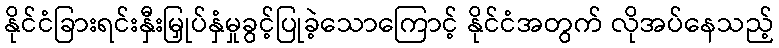
နိုင်ငံခြားရင်းနှီးမြှုပ်နှံမှုခွင့်ပြုခဲ့သောကြောင့် နိုင်ငံအတွက် လိုအပ်နေသည့်